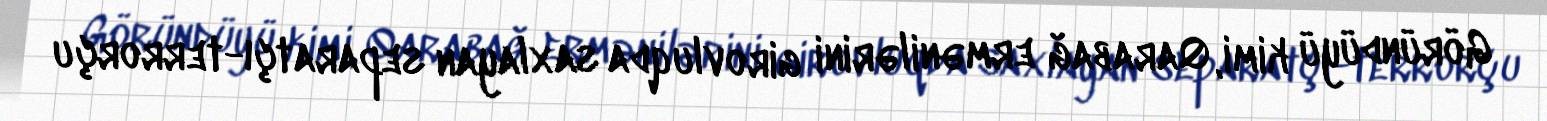
Göründüyü kimi, Qarabağ ermənilərini girovluqda saxlayan separatçı-terrorçu